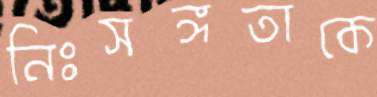
নিঃসঙ্গতাকে